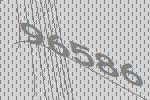
96586